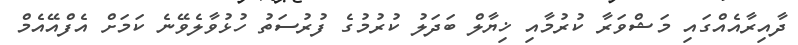
ދާއިރާއެއްގައި މަޝްވަރާ ކުރުމާއި ޚިޔާލް ބަދަލު ކުރުމުގެ ފުރުސަތު ހުޅުވާލެވޭނެ ކަމަށް އެފްއޭއެމް